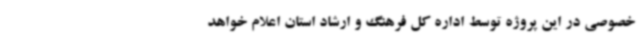
خصوصی در این پروژه توسط اداره‌ کل فرهنگ و ارشاد استان اعلام خواهد